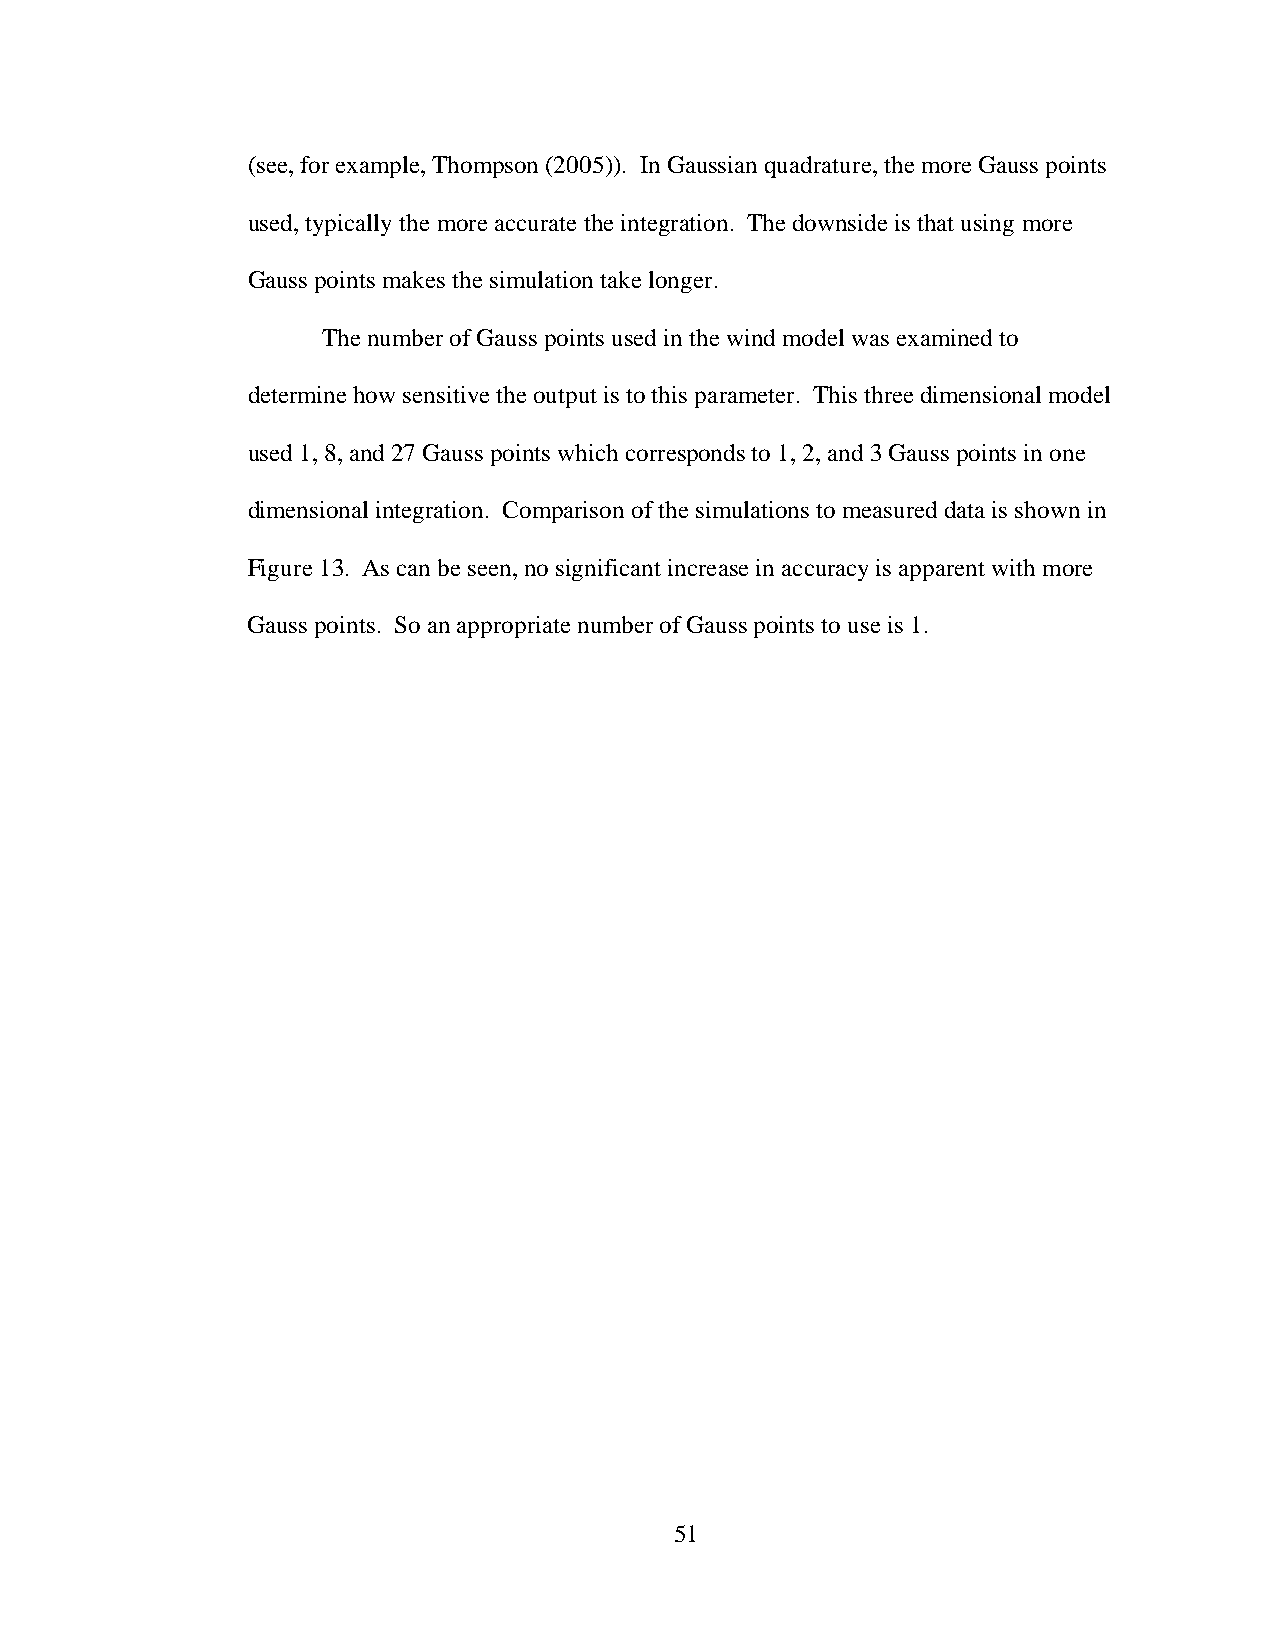
(see, for example, Thompson (2005)). In Gaussian quadrature, the more Gauss points
 used, typically the more accurate the integration. The downside is that using more
 Gauss points makes the simulation take longer.
 The number of Gauss points used in the wind model was examined to
 determine how sensitive the output is to this parameter. This three dimensional model
 used 1, 8, and 27 Gauss points which corresponds to 1, 2, and 3 Gauss points in one
 dimensional integration. Comparison of the simulations to measured data is shown in
 Figure 13. As can be seen, no significant increase in accuracy is apparent with more
 Gauss points. So an appropriate number of Gauss points to use is 1.
 51